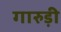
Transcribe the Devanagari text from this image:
गारुड़ी